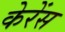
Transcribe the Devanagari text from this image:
केरेंस